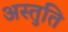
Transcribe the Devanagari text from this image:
अस्तुति